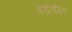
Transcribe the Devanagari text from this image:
वेरेनिगिङ